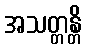
အသတ္တန္တိ